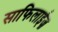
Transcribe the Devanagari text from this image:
साफिलाईज़